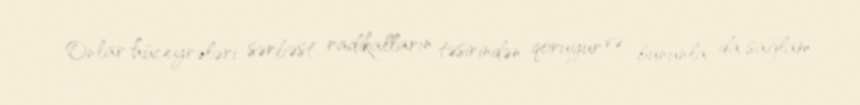
Onlar hüceyrələri sərbəst radikalların təsirindən qoruyur və bununla da sağlam